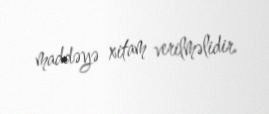
maddəyə xitam verilməlidir.